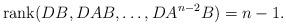
LaTeX: \begin{align*} \mbox{rank}(DB,DAB,\dots,DA^{n-2}B)= n-1. \end{align*}